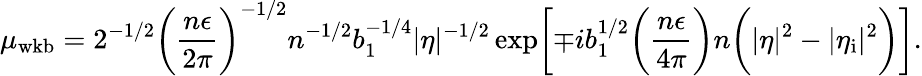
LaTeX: \mu_{\mathrm{wkb}}=2^{-1/2}\biggl(\frac{n\epsilon}{2\pi}\biggr)^{-1/2}n^{-1/2}b_{1}^{-1/4}\vert\eta\vert^{-1/2}\exp\biggl[\mp ib_{1}^{1/2}\biggl(\frac{n\epsilon}{4\pi}\biggr)n\biggl(\vert\eta\vert^{2}-\vert\eta_{\mathrm{i}}\vert^{2}\biggr)\biggr].